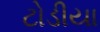
ટોડીયા